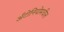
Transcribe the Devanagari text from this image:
अँटोनियोमधील